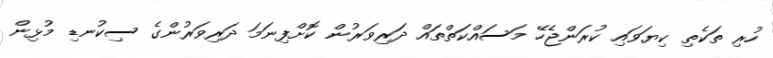
ހުރި ތަކެތި ކިޔަވައި ކުރަންޖެހޭ މަސައްކަތްތައް ދަރިވަރުން ކޮށްފިނަމަ ދަރިވަރުންގެ ސިކުނޑި މުޅިން